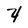
Character: 4